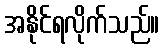
အနိုင်ရလိုက်သည်။